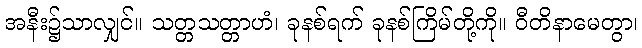
အနီး၌သာလျှင်။ သတ္တသတ္တာဟံ၊ ခုနစ်ရက် ခုနစ်ကြိမ်တို့ကို။ ဝီတိနာမေတွာ၊